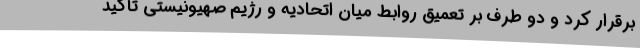
برقرار کرد و دو طرف بر تعمیق روابط میان اتحادیه و رژیم صهیونیستی تأکید